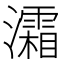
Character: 灀